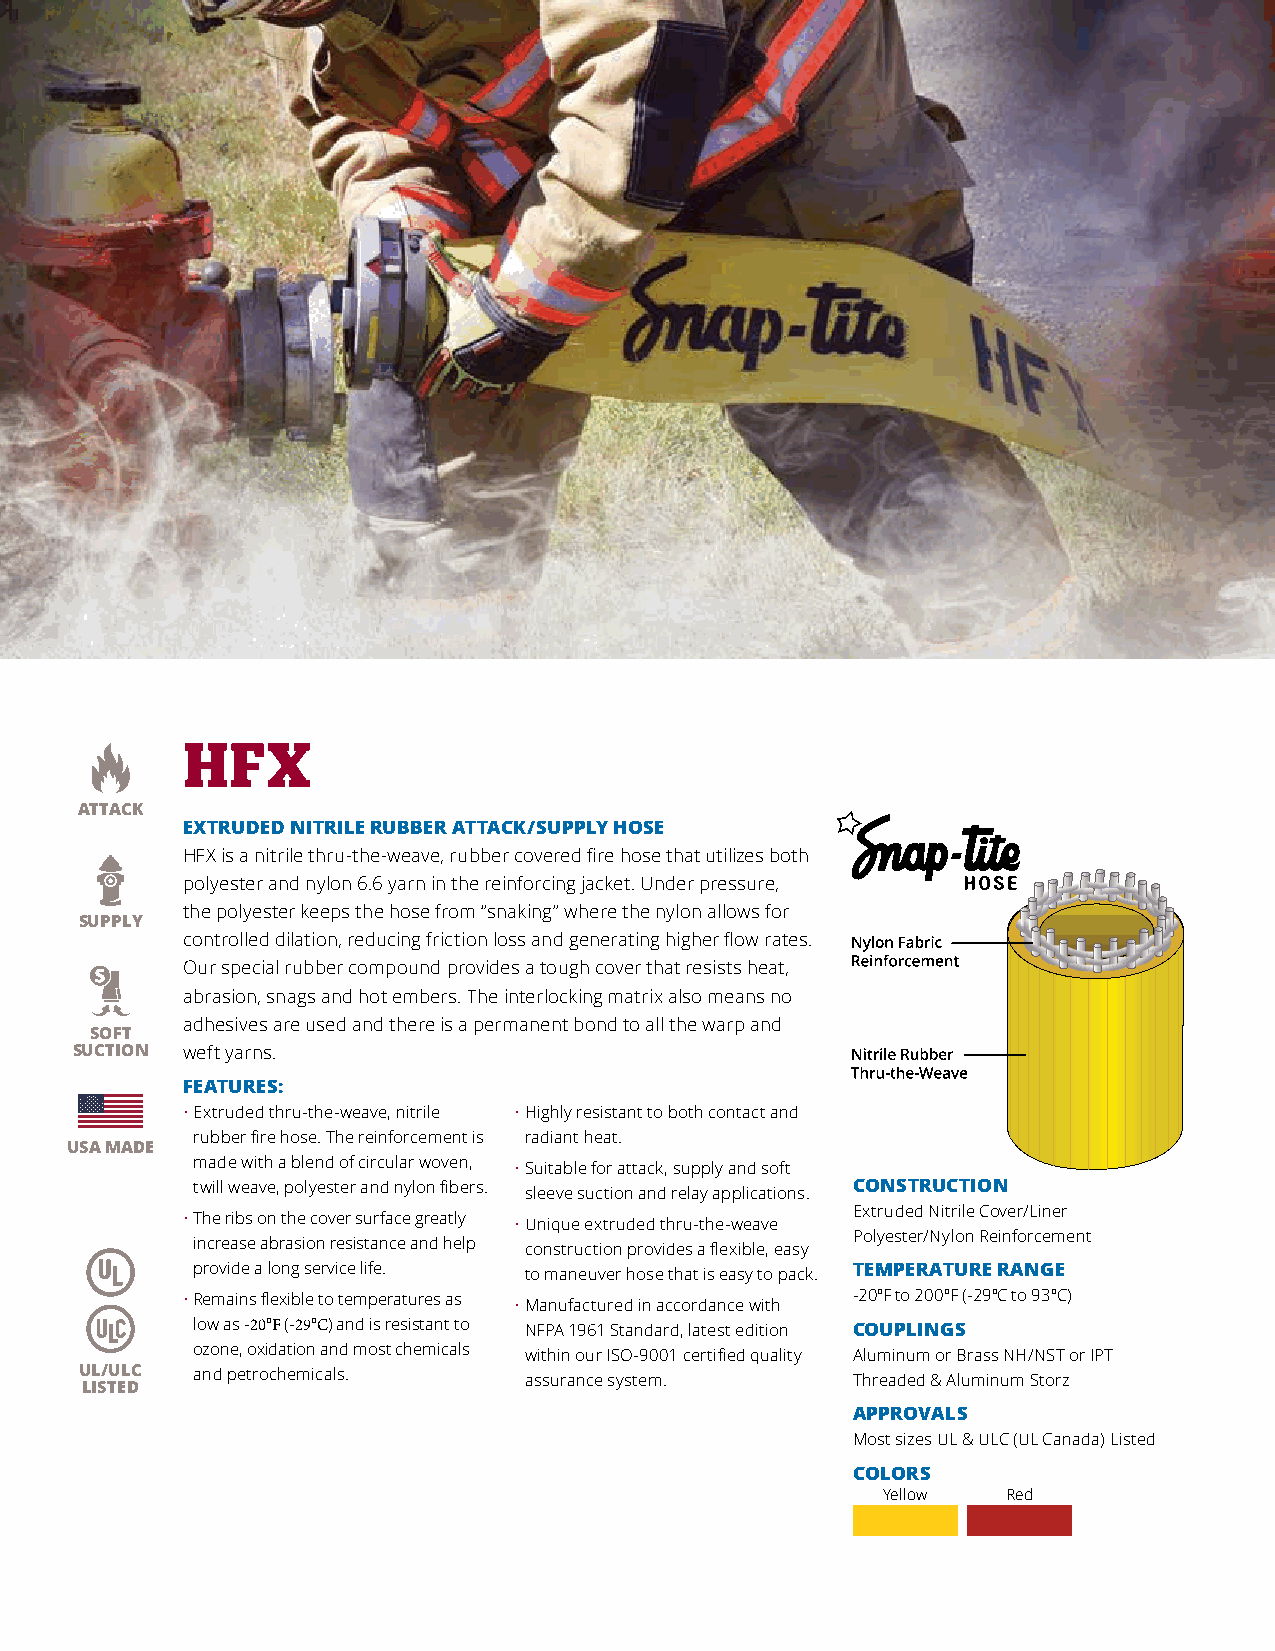
HFX
 ATTACK
 EXTRUDED NITRILE RUBBER ATTACK/SUPPLY HOSE
 HFX is a nitrile thru-the-weave, rubber covered fire hose that utilizes both
 polyester and nylon 6.6 yarn in the reinforcing jacket. Under pressure,
 the polyester keeps the hose from “snaking” where the nylon allows for
 SUPPLY
 controlled dilation, reducing friction loss and generating higher flow rates.
 Our special rubber compound provides a tough cover that resists heat,
 abrasion, snags and hot embers. The interlocking matrix also means no
 adhesives are used and there is a permanent bond to all the warp and
 SOFT
 SUCTION weft yarns.
 FEATURES:
 • Extruded thru-the-weave, nitrile • Highly resistant to both contact and
 rubber fire hose. The reinforcement is radiant heat.
 USA MADE
 made with a blend of circular woven, • Suitable for attack, supply and soft
 twill weave, polyester and nylon fibers. sleeve suction and relay applications. CONSTRUCTION
 Extruded Nitrile Cover/Liner
 • The ribs on the cover surface greatly • Unique extruded thru-the-weave
 Polyester/Nylon Reinforcement
 increase abrasion resistance and help construction provides a flexible, easy
 provide a long service life. to maneuver hose that is easy to pack. TEMPERATURE RANGE
 •R emains flexible to temperatures as • Manufactured in accordance with -20ºF to 200ºF (-29ºC to 93ºC)
 low as -20ºF (-29ºC) and is resistant to NFPA 1961 Standard, latest edition COUPLINGS
 ozone, oxidation and most chemicals within our ISO-9001 certified quality Aluminum or Brass NH/NST or IPT
 UL/ULC  and petrochemicals.   assurance system.    Threaded & Aluminum Storz
 LISTED
 APPROVALS
 Most sizes UL & ULC (UL Canada) Listed
 COLORS
 Yellow   Red